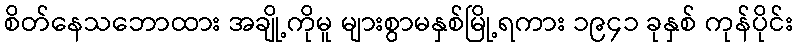
စိတ်နေသဘောထား အချို့ကိုမူ များစွာမနှစ်မြို့ရကား ၁၉၄၁ ခုနှစ် ကုန်ပိုင်း